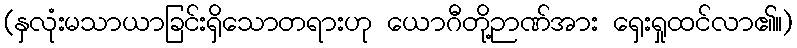
(နှလုံးမသာယာခြင်းရှိသောတရားဟု ယောဂီတို့ဉာဏ်အား ရှေးရှုထင်လာ၏။)